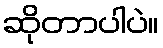
ဆိုတာပါပဲ။